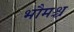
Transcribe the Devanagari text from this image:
भौमश्च